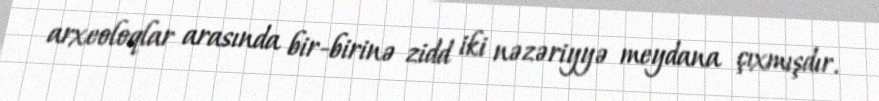
arxeoloqlar arasında bir-birinə zidd iki nəzəriyyə meydana çıxmışdır.